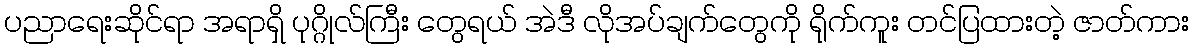
ပညာရေးဆိုင်ရာ အရာရှိ ပုဂ္ဂိုလ်ကြီး တွေရယ် အဲဒီ လိုအပ်ချက်တွေကို ရိုက်ကူး တင်ပြထားတဲ့ ဇာတ်ကား